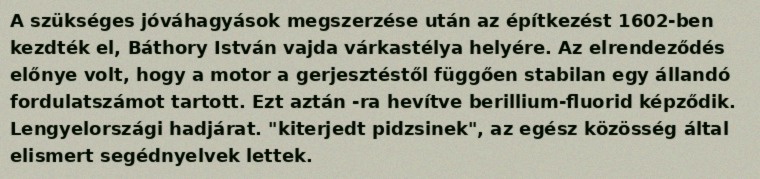
A szükséges jóváhagyások megszerzése után az építkezést 1602-ben kezdték el, Báthory István vajda várkastélya helyére. Az elrendeződés előnye volt, hogy a motor a gerjesztéstől függően stabilan egy állandó fordulatszámot tartott. Ezt aztán -ra hevítve berillium-fluorid képződik. Lengyelországi hadjárat. "kiterjedt pidzsinek", az egész közösség által elismert segédnyelvek lettek.